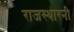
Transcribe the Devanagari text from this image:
राजस्थारनी